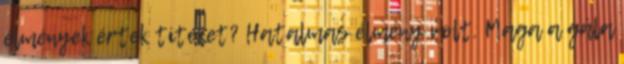
élmények értek titeket? Hatalmas élmény volt. Maga a gála